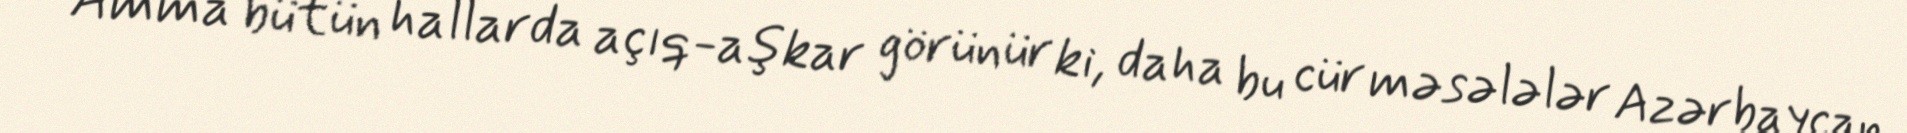
Amma bütün hallarda açıq-aşkar görünür ki, daha bu cür məsələlər Azərbaycan